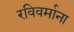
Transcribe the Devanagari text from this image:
रविवर्माना